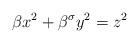
LaTeX: \begin{align*}\beta x^2 + \beta^\sigma y^2 = z^2\end{align*}